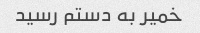
خمیر به دستم رسید